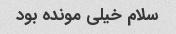
سلام خیلی مونده بود